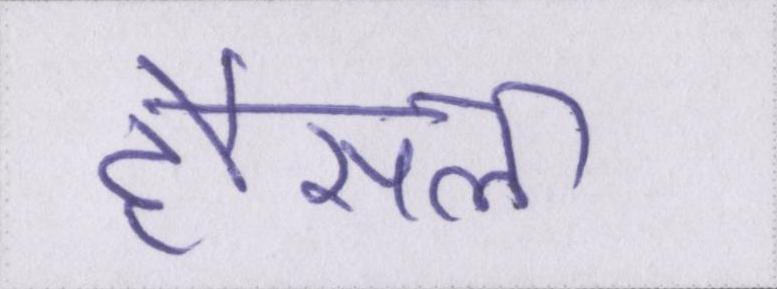
हौंसला